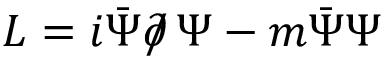
{ \cal L } = i \bar { \Psi } \partial \! \! \! / \, \Psi - m \bar { \Psi } \Psi